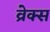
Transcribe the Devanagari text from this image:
व्रेक्स